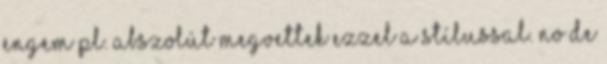
engem pl. abszolút megvettek ezzel a stílussal. No de